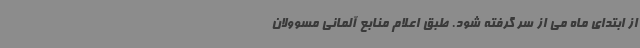
از ابتدای ماه می از سر گرفته شود. طبق اعلام منابع آلمانی مسوولان